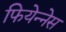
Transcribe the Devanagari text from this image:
फियेन्नेस